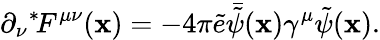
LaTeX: \partial_{\nu}{}^{*}\! F^{\mu\nu}(\mathbf{x})=-4\pi\tilde{{e}}\bar{{\tilde{{\psi}}}}(\mathbf{x})\gamma^{\mu}\tilde{{\psi}}(\mathbf{x}).